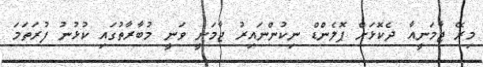
މިރޭ ޖާމަނީއާ ދެކޮޅަށް ޕޮލެންޑް ނިކުންނައިރު ޖާމަނީ ވަނީ މުބާރާތުގައި ކުޅުނު ފުރަތަމަ